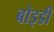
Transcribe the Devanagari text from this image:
बोइडी